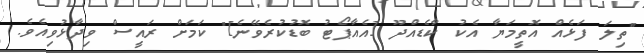
"ތިލަ ފަޅެއް އޮތީމަޔާ އެކު ކާޑެއްދޫ [އެއާޕޯޓު ބޮޑުކުރެވޭނެ]" ކަމަށް ރައީސް ވިދާޅުވިއެވެ.